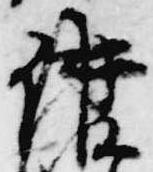
講